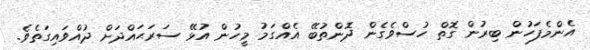
އެންމެފަހުން ބިރުން ގޮތް ހުސްވެގެން ދޮންތުބޭ އެއްގަމު މީހުން އުޅޭ ސަރަޙައްދަށް ދުއްވައިގަތެވެ.